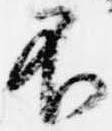
不